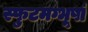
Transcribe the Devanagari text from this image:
स्फुटमग्भूषां